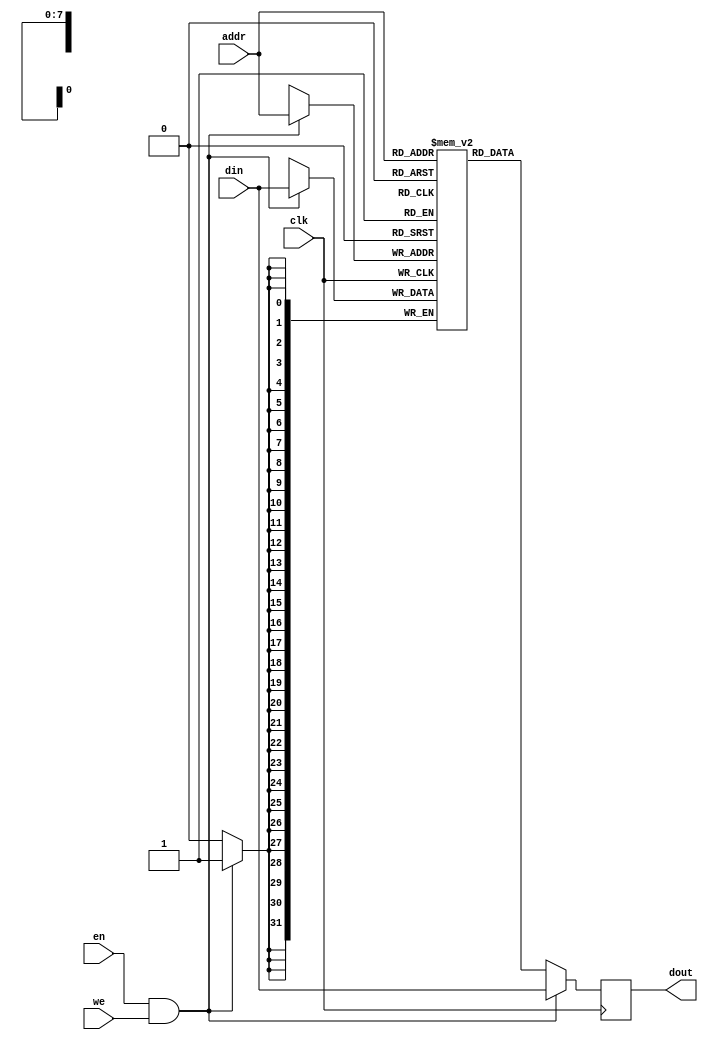
// This program was cloned from: https://github.com/rongcuid/riscv-megaproject
// License: BSD 3-Clause "New" or "Revised" License

/*
 Various parameterized Block RAMs
 */

// Synchronous Single Port
module BRAM_SSP(
		clk, we, en, addr, din, dout
		);
   parameter 
     DEPTH = 256,
     DEPTH_LOG = 8,
     WIDTH = 32;
   
   input clk, we, en;
   input [DEPTH_LOG-1:0] addr;
   input [WIDTH-1:0] 	 din;
   output [WIDTH-1:0] 	 dout;

   reg [WIDTH-1:0] 	 RAM [DEPTH-1:0] /*verilator public*/;
   reg [WIDTH-1:0] 	 dout;

   always @ (posedge clk) begin
      if (en & we) begin
	    RAM[addr]   <= din;
	    dout <= din;
      end
      else
	dout <= RAM[addr];
   end
   
endmodule // BRAM_SSP